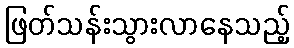
ဖြတ်သန်းသွားလာနေသည့်